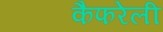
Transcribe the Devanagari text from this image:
कैफरेली